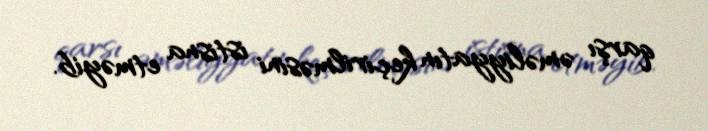
qarşı əməliyyatın keçirilməsini istisna etməyib.